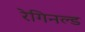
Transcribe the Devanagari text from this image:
रेगिनल्ड